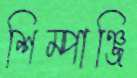
শিম্পাঞ্জি